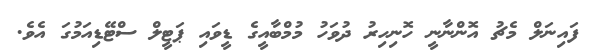
ފައިނަލް މެޗު އޮންނާނީ ހޮނިހިރު ދުވަހު މުމްބާއީގެ ޑީވައި ޕަޓީލް ސްޓޭޑިއަމުގަ އެވެ.